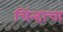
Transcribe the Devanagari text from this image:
चिंन्हाचा